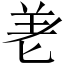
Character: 𭅒